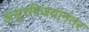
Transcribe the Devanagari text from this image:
असुरविजयानंतर